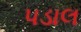
પડાલ